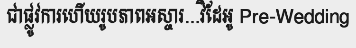
ជាផ្លូវការហើយរូបភាពអស្ចារ...វិដែអូ Pre-Wedding